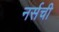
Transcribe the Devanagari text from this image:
नर्सची